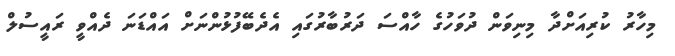
މިހާރު ކުރިއަށްދާ މިނިވަން ދުވަހުގެ ހާއްސަ ދަރުބާރުގައި އެދެބޭފުޅުންނަށް އައްޑަނަ ދެއްވީ ރައީސުލް